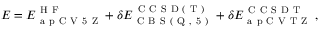
E = E _ { \mathrm { ~ a ~ p ~ C ~ V ~ 5 ~ Z ~ } } ^ { \mathrm { ~ H ~ F ~ } } + \delta E _ { \mathrm { ~ C ~ B ~ S ~ ( ~ Q ~ , ~ 5 ~ ) ~ } } ^ { \mathrm { ~ C ~ C ~ S ~ D ~ ( ~ T ~ ) ~ } } + \delta E _ { \mathrm { ~ a ~ p ~ C ~ V ~ T ~ Z ~ } } ^ { \mathrm { ~ C ~ C ~ S ~ D ~ T ~ } } \, ,